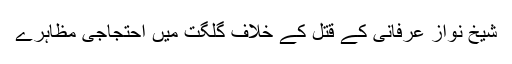
شیخ نواز عرفانی کے قتل کے خلاف گلگت میں احتجاجی مظاہرے